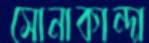
সোনাকান্দা